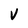
Character: V